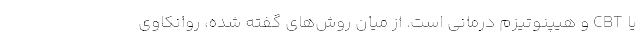
یا CBT و هیپنوتیزم درمانی است. از میان روش‌های گفته شده، روانکاوی